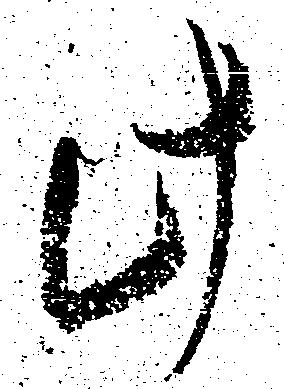
此